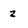
Character: z